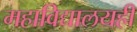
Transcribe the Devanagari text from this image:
महाविद्यालयही